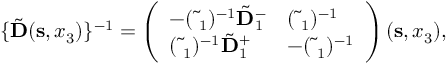
\begin{array} { r } { \{ \tilde { \bf D } ( { \bf s } , x _ { 3 } ) \} ^ { - 1 } = \left( \begin{array} { l l } { - ( \tilde { \bf \Delta } _ { 1 } ) ^ { - 1 } \tilde { \bf D } _ { 1 } ^ { - } } & { ( \tilde { \bf \Delta } _ { 1 } ) ^ { - 1 } } \\ { ( \tilde { \bf \Delta } _ { 1 } ) ^ { - 1 } \tilde { \bf D } _ { 1 } ^ { + } } & { - ( \tilde { \bf \Delta } _ { 1 } ) ^ { - 1 } } \end{array} \right) ( { \bf s } , x _ { 3 } ) , } \end{array}